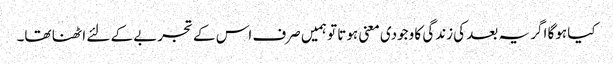
کیا ہوگا اگر یہ بعد کی زندگی کا وجودی معنی ہوتا تو ہمیں صرف اس کے تجربے کے لئے اٹھنا تھا۔